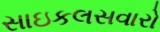
સાઇકલસવારો